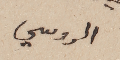
الروسي